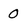
Character: 0